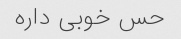
حس خوبی داره